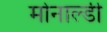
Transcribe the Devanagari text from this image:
मोनाल्डी